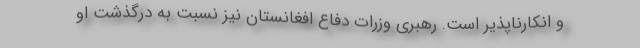
و انکارناپذیر است. رهبری وزرات دفاع افغانستان نیز نسبت به درگذشت او